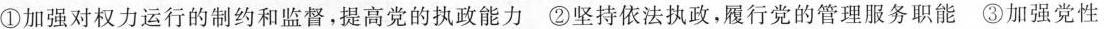
①加强对权力运行的制约和监督，提高党的执政能力②坚持依法执政，履行党的管理服务职能③加强党性